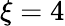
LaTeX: \xi=4